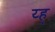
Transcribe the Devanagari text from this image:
य्ह्